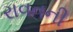
રાવતની